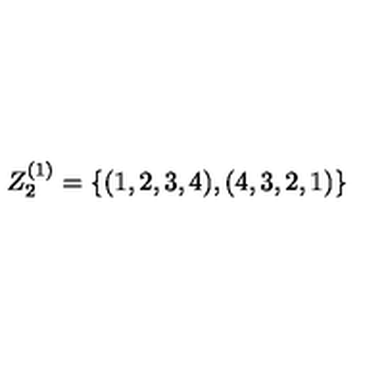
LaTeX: Z _ { 2 } ^ { ( 1 ) } = \{ ( 1 , 2 , 3 , 4 ) , ( 4 , 3 , 2 , 1 ) \}